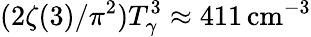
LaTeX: (2\zeta(3)/\pi^{2})T_{\gamma}^{3}\approx 411\, {\mathrm{cm}}^{-3}